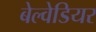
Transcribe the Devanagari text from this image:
बेल्वेडियर